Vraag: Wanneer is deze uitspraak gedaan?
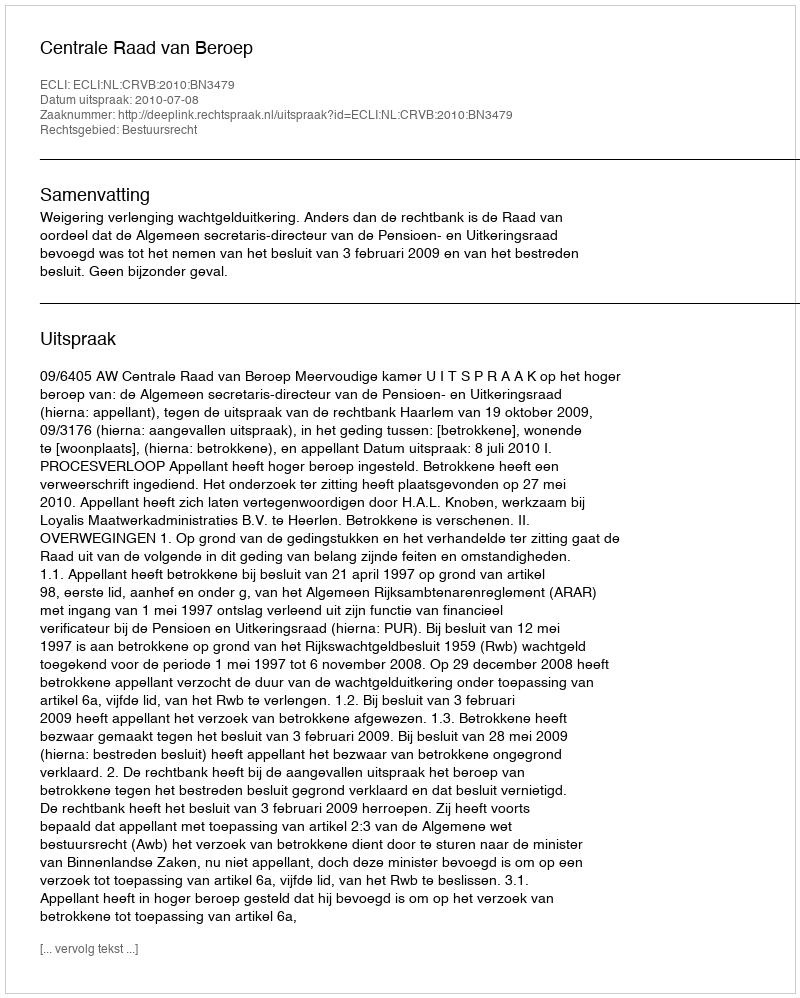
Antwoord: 2010-07-08